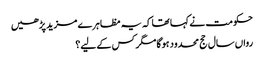
حکومت نے کہا تھا کہ یہ مظاہرے مزید پڑھیں
رواں سال حج محدود ہوگا مگر کس کے لیے؟